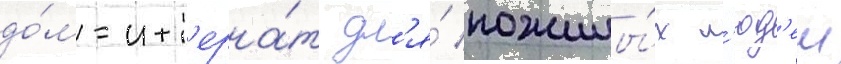
до́м-инт'ерна́т дл'я́ пожилы́х л'юд'еи